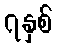
၇နှစ်